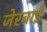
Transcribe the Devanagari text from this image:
जेरबाई